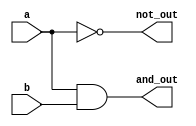
module ContinuousAssignmentExample (
    input wire a,          // First input
    input wire b,          // Second input
    output wire and_out,   // Output of AND gate
    output wire not_out    // Output of NOT gate
);

// Continuous assignment for AND operation
assign and_out = a & b;

// Continuous assignment for NOT operation
assign not_out = ~a;

endmodule